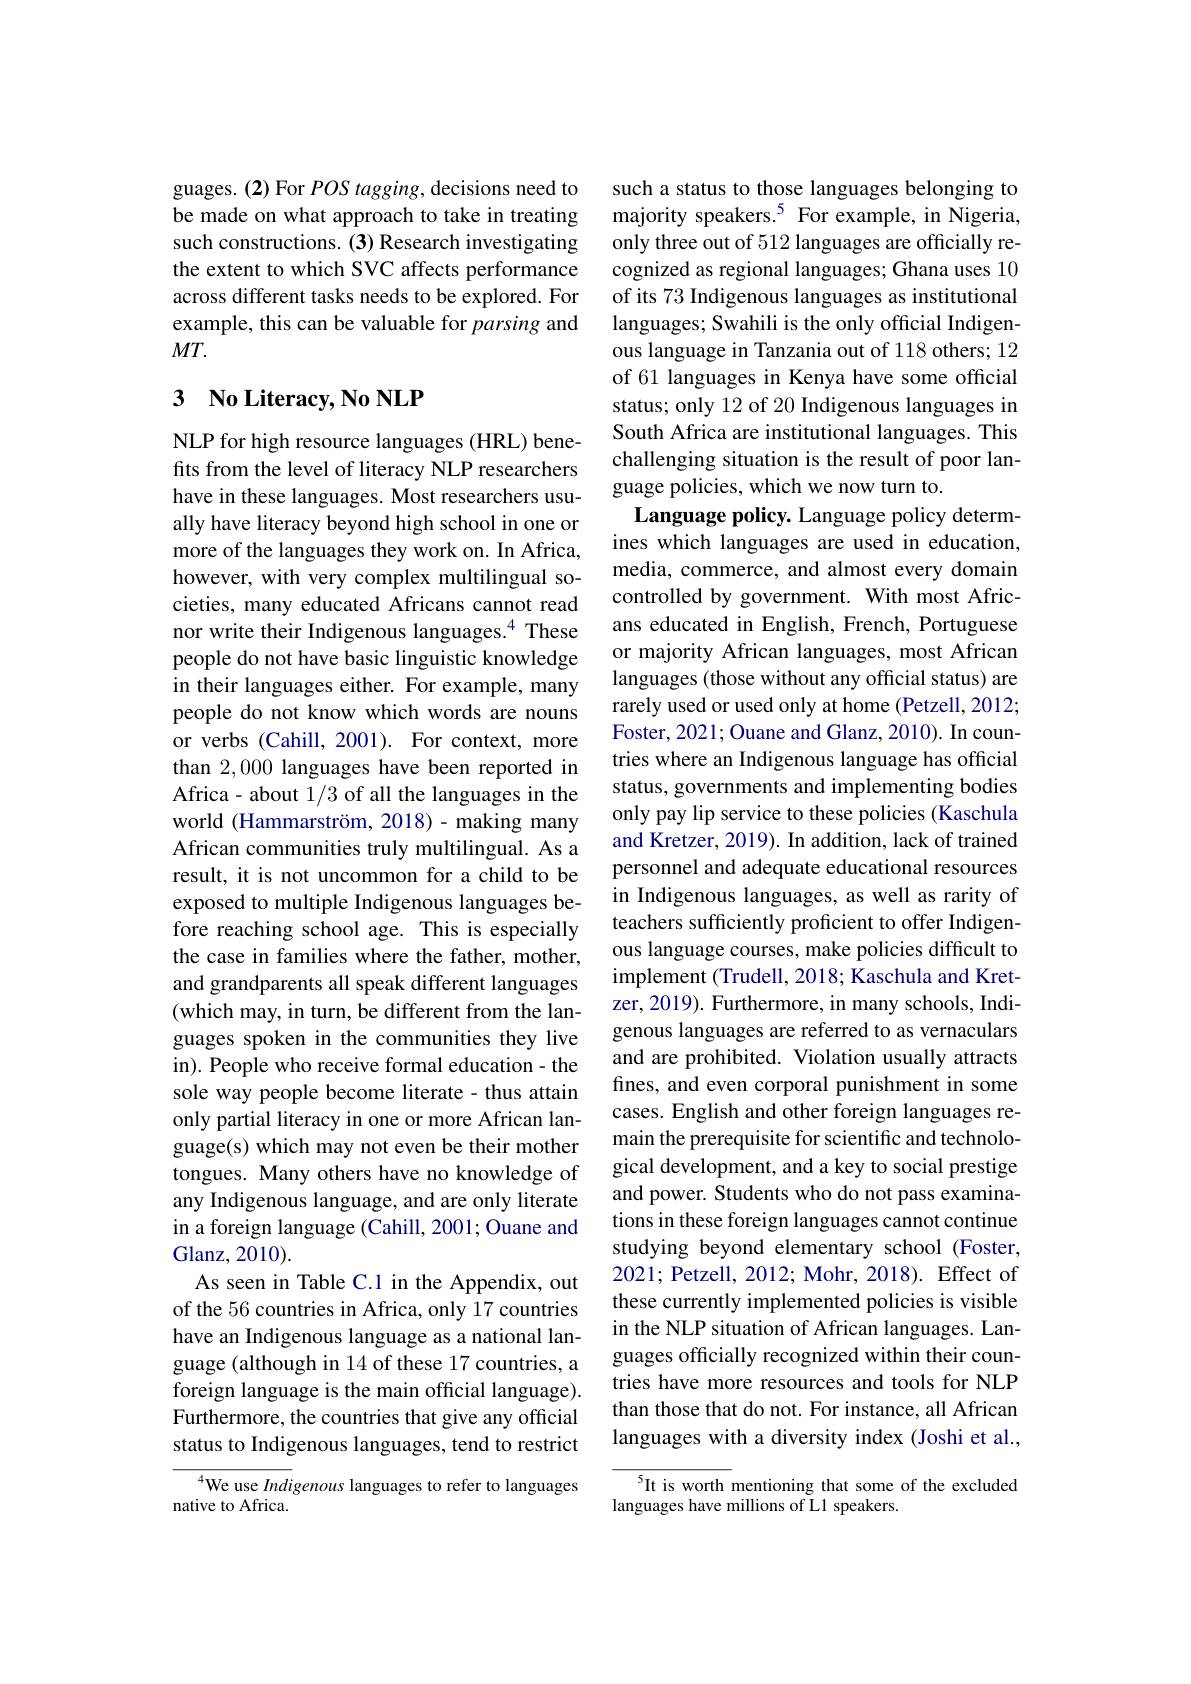
guages. (2) For POS tagging, decisions need to be made on what approach to take in treating such constructions. (3) Research investigating the extent to which SVC affects performance across different tasks needs to be explored. For example, this can be valuable for parsing and $MT.$

## 3 No Literacy, No NLP

NLP for high resource languages (HRL) benefits from the level of literacy NLP researchers have in these languages. Most researchers usually have literacy beyond high school in one or more of the languages they work on. In Africa, however, with very complex multilingual societies, many educated Africans cannot read nor write their Indigenous languages.$^{4}$ These people do not have basic linguistic knowledge in their languages either. For example, many people do not know which words are nouns or verbs (Cahill, 2001). For context, more than 2,000 languages have been reported in Africa- about 1/3 of all the languages in the world (Hammarström, 2018)- making many African communities truly multilingual. As a result, it is not uncommon for a child to be exposed to multiple Indigenous languages before reaching school age. This is especially the case in families where the father, mother, and grandparents all speak different languages (which may, in turn, be different from the languages spoken in the communities they live in). People who receive formal education- the sole way people become literate - thus attain only partial literacy in one or more African language(s) which may not even be their mother tongues. Many others have no knowledge of any Indigenous language, and are only literate in a foreign language (Cahill, 2001; Ouane and Glanz, 2010).
As seen in Table C.1 in the Appendix, out of the 56 countries in Africa, only 17 countries have an Indigenous language as a national language (although in 14 of these 17 countries, a foreign language is the main official language). Furthermore, the countries that give any official status to Indigenous languages, tend to restrict
We use Indigenous languages to refer to languages

native to Africa.

such a status to those languages belonging to majority speakers.$^{5}$ For example, in Nigeria, only three out of 512 languages are officially recognized as regional languages; Ghana uses 10 of its 73 Indigenous languages as institutional languages; Swahili is the only official Indigenous language in Tanzania out of 118 others; 12 of 61 languages in Kenya have some official status; only 12 of 20 Indigenous languages in South Africa are institutional languages. This challenging situation is the result of poor language policies, which we now turn to.
Language policy. Language policy determines which languages are used in education, media, commerce, and almost every domain controlled by government. With most Africans educated in English, French, Portuguese or majority African languages, most African languages (those without any official status) are rarely used or used only at home (Petzell, 2012; Foster, 2021; Ouane and Glanz, 2010). In countries where an Indigenous language has official status, governments and implementing bodies only pay lip service to these policies (Kaschula and Kretzer, 2019). In addition, lack of trained personnel and adequate educational resources in Indigenous languages, as well as rarity of teachers sufficiently proficient to offer Indigenous language courses, make policies difficult to implement (Trudell, 2018; Kaschula and Kretzer, 2019). Furthermore, in many schools, Indigenous languages are referred to as vernaculars and are prohibited. Violation usually attracts fines, and even corporal punishment in some cases. English and other foreign languages remain the prerequisite for scientific and technological development, and a key to social prestige and power. Students who do not pass examinations in these foreign languages cannot continue studying beyond elementary school (Foster, 2021; Petzell, 2012; Mohr, 2018). Effect of these currently implemented policies is visible in the NLP situation of African languages. Languages officially recognized within their countries have more resources and tools for NLP than those that do not. For instance, all African languages with a diversity index (Joshi et al.,

5It is worth mentioning that some of the excluded
languages have millions of L1 speakers.